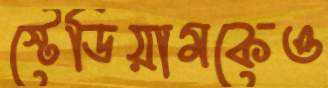
স্টেডিয়ামকেও